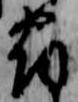
宿